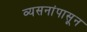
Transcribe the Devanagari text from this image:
व्यसनांपासून